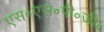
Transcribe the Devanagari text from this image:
एस॰एस॰पी॰जी॰